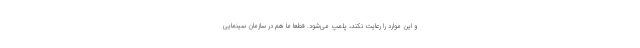
و این موارد را رعایت نکند، پلمپ می‌شود. قطعاً ما هم در سازمان سینمایی